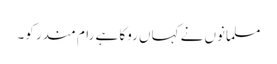
مسلمانوں نے کہاں روکا ہے رام مندر کو۔